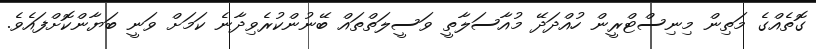
ގޮތެއްގެ މަތިން މިނިސްޓްރީން ހުއްދަދޭ މުއާސަލާތީ ވަސީލަތްތައް ބޭނުންކުރެވިދާނެ ކަމަށް ވަނީ ބަޔާންކޮށްފައެވެ.